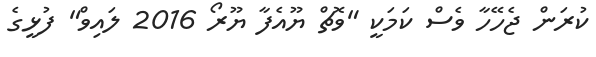
ކުރަން ޖެހޭހާ ވެސް ކަމަކީ "ވޮޗް ޔޫއެފާ ޔޫރޯ 2016 ލައިވް" ފުޅީގެ